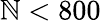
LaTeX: \mathbb{N}<800